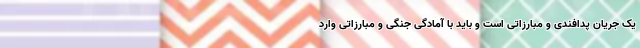
یک جریان پدافندی و مبارزاتی است و باید با آمادگی جنگی و مبارزاتی وارد